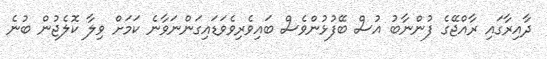
ދާއިރާގައި ރާއްޖޭގެ ފުންނާބު އުސް ބޭފުޅުންވެސް ބައިވެރިވެވަޑައިގަންނަވާނެ ކަމަށް ވިލާ ކޮލެޖުން ބުނެ